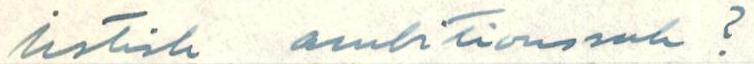
Irstisk ambitionsak?